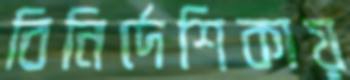
বিনির্দেশিকায়